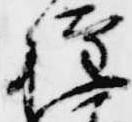
権